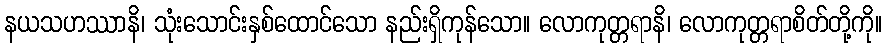
နယသဟဿာနိ၊ သုံးသောင်းနှစ်ထောင်သော နည်းရှိကုန်သော။ လောကုတ္တရာနိ၊ လောကုတ္တရာစိတ်တို့ကို။